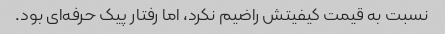
نسبت به قیمت کیفیتش راضیم نکرد، اما رفتار پیک حرفه‌ای بود.